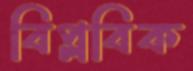
বিপ্লবিক